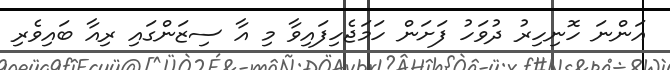
އަންނަ ހޮނިހިރު ދުވަހު ފަށަން ހަމަޖެހިފައިވާ މި އާ ސިޒަންގައި ރިއާ ބައިވެރި